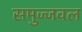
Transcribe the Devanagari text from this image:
समुज्जवल